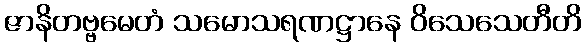
ဇာနိတဗ္ဗမေတံ သမောသရဏဋ္ဌာနေ ဝိသေသေတီတိ